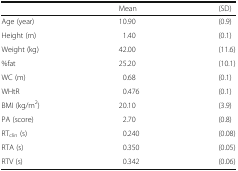
<table><thead><tr><td></td><td><b>Mean</b></td><td><b>(SD)</b></td></tr></thead><tbody><tr><td>Age (year)</td><td>10.90</td><td>(0.9)</td></tr><tr><td>Height (m)</td><td>1.40</td><td>(0.1)</td></tr><tr><td>Weight (kg)</td><td>42.00</td><td>(11.6)</td></tr><tr><td>%fat</td><td>25.20</td><td>(10.1)</td></tr><tr><td>WC (m)</td><td>0.68</td><td>(0.1)</td></tr><tr><td>WHtR</td><td>0.476</td><td>(0.1)</td></tr><tr><td>BMI (kg/m<sup>2</sup>)</td><td>20.10</td><td>(3.9)</td></tr><tr><td>PA (score)</td><td>2.70</td><td>(0.8)</td></tr><tr><td>RT<sub>clin</sub> (s)</td><td>0.240</td><td>(0.08)</td></tr><tr><td>RTA (s)</td><td>0.350</td><td>(0.05)</td></tr><tr><td>RTV (s)</td><td>0.342</td><td>(0.06)</td></tr></tbody></table>